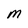
Character: M